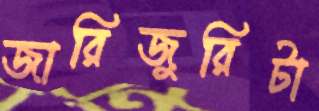
জারিজুরিটা